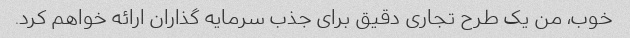
خوب، من یک طرح تجاری دقیق برای جذب سرمایه گذاران ارائه خواهم کرد.